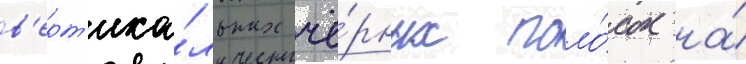
в'ерт'ика́льных чё́рных поло́сок на́